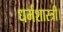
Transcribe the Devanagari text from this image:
धर्मशास्त्री।